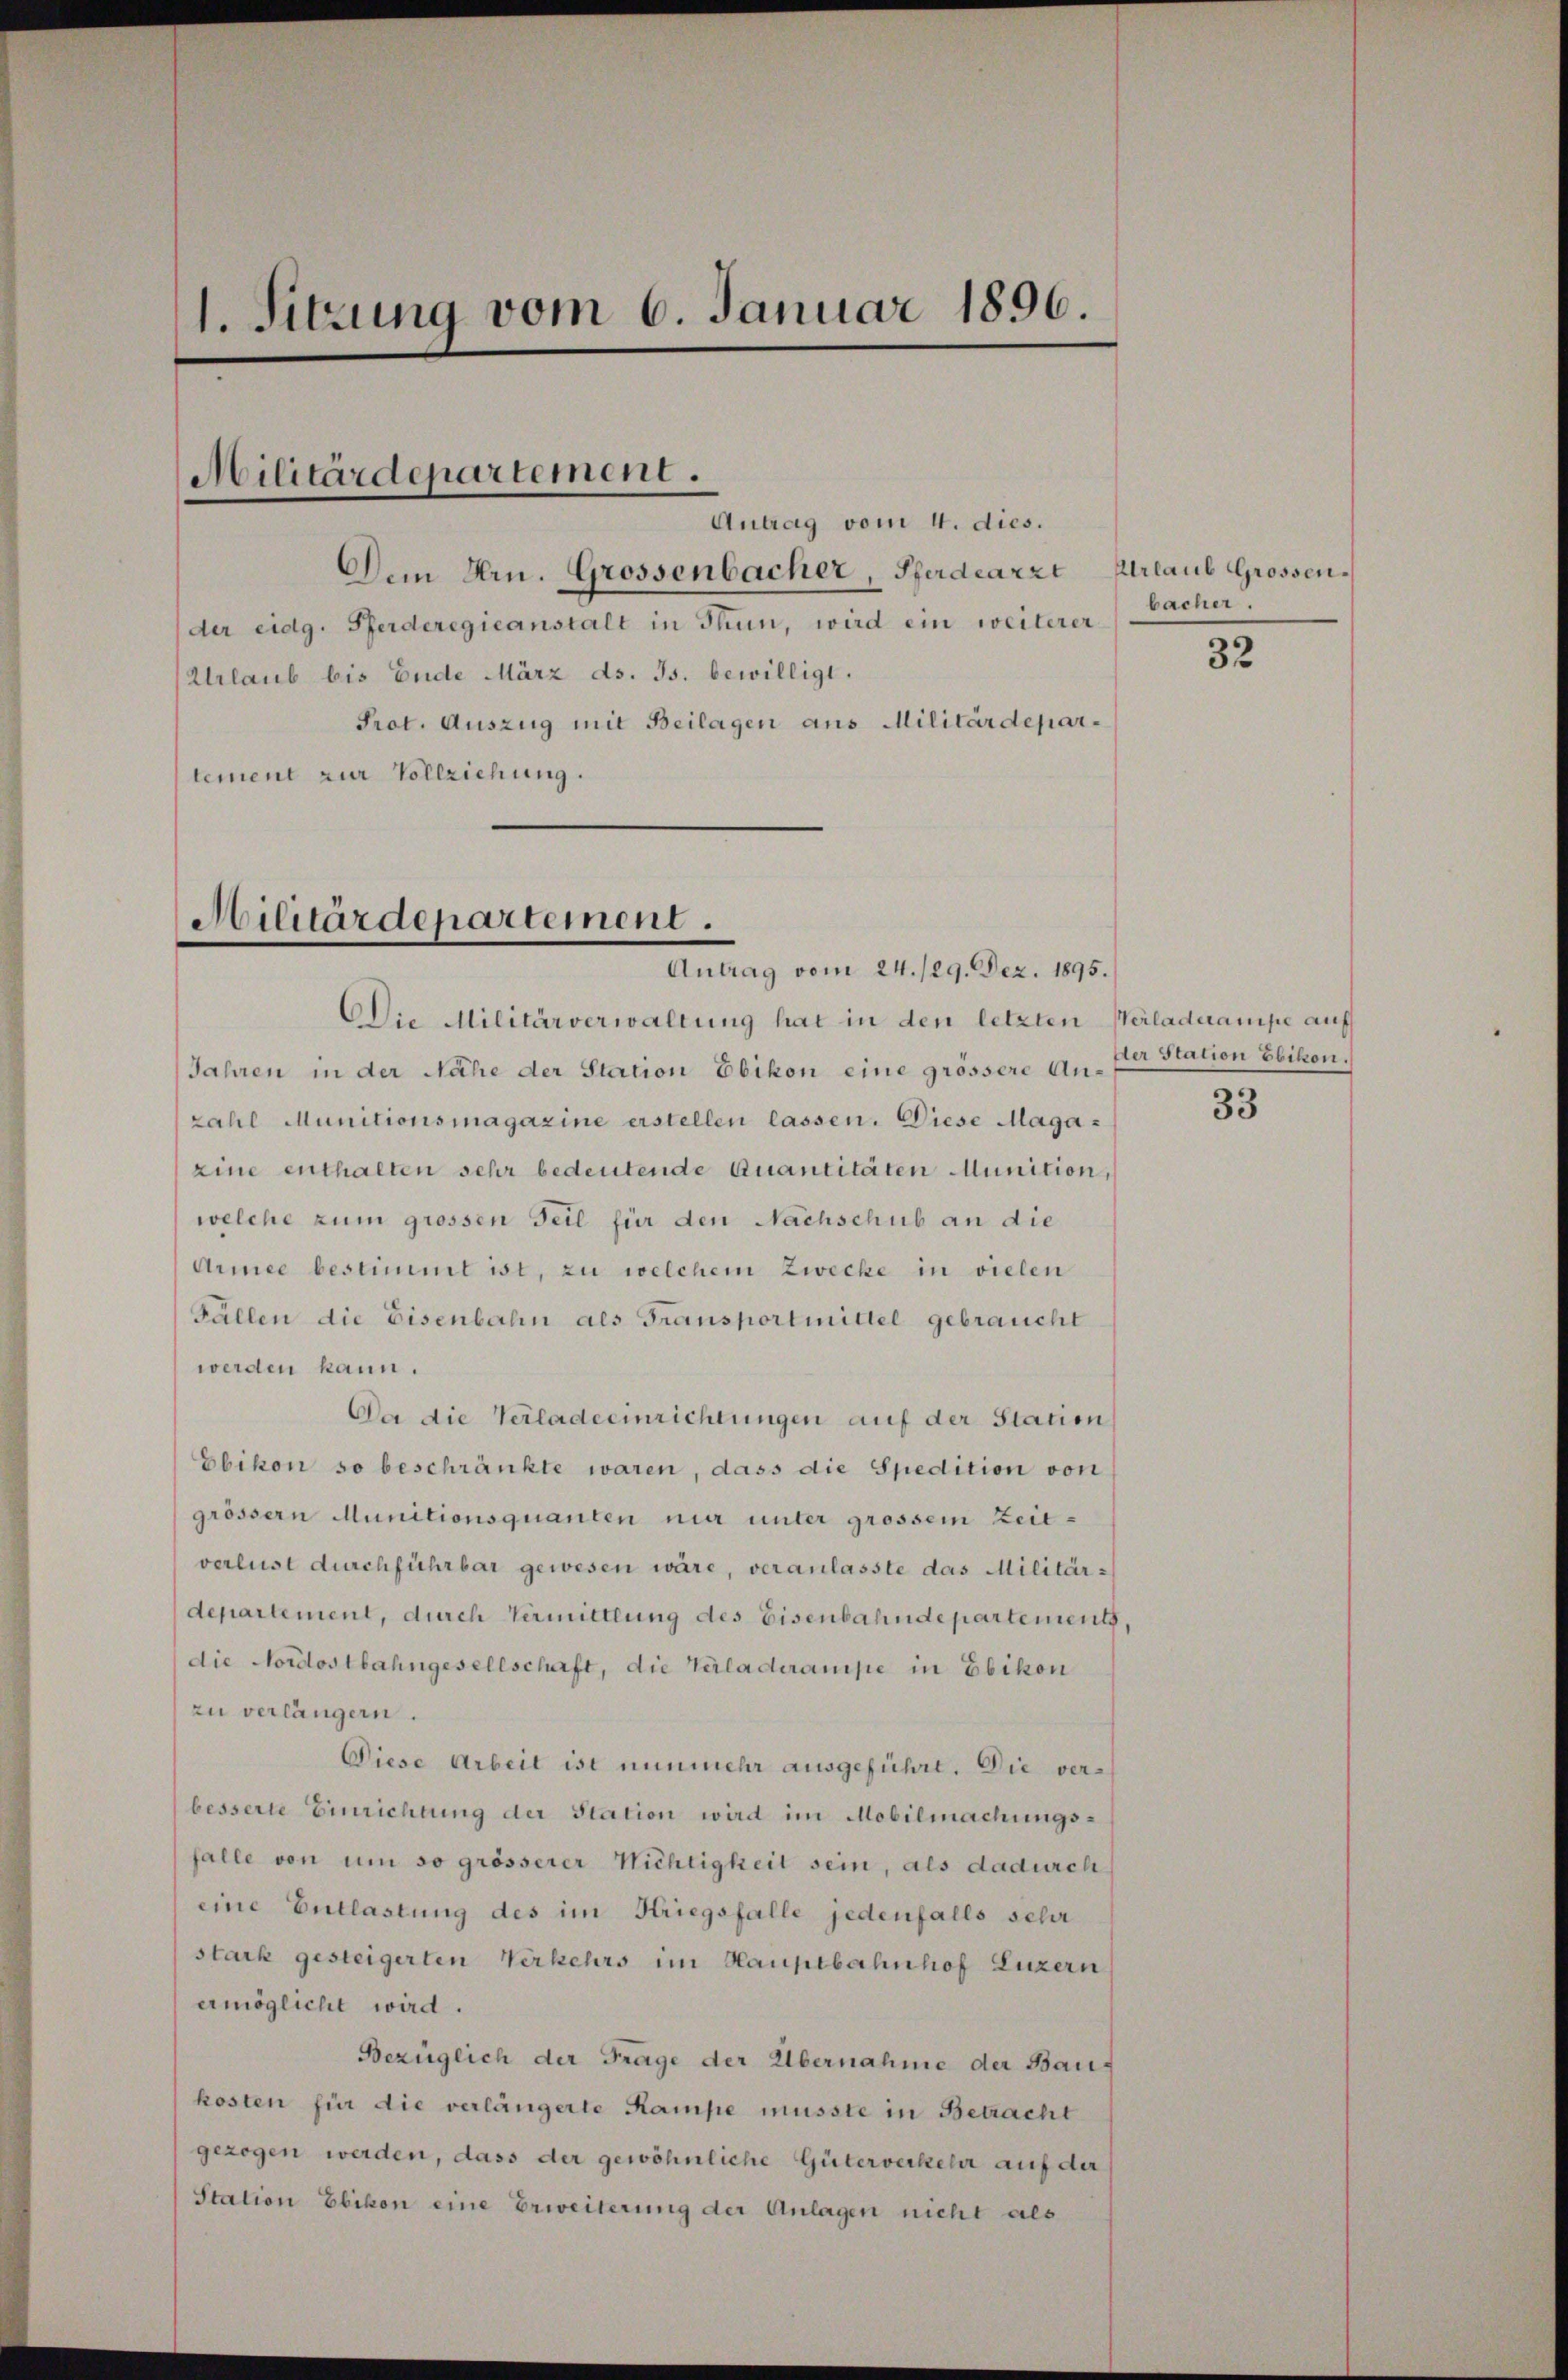
1. Sitzung vom 6. Januar 1896.

Militärdepartement.

Antrag vom 4. dies.
Dem Hrn. Grossenbacher, Pferdearzt Urlaub Grossender eidg. Pferderegieanstalt in Thun, wird ein weiterer
Urlaub bis Ende März ds. Js. bewilligt.
Prot. Auszug mit Beilagen aus Militärdepartement zur Vollziehung.

Militärdepartement.
Antrag vom 24./29. Dez. 1895.

bacher.

Die Militärverwaltung hat in den letzten Verladuampe auf
Jahren in der Nähe der Station Ebikon eine grössere Anzahl Munitionsmagazine erstellen lassen. Diese Magaeine enthalten sehr bedeutende Quantitäten Munition,
welche zum grossen Teil für den Nachschub an die
Armee bestimmt ist, zu welchem Zwecke in vielen
Fallen die Eisenbahn als Fransportmittel gebraucht
werden kann.
Da die Verladeeinrichtungen auf der Station
Ebikon so beschränkte waren, dass die Spedition von
grössern Munitionsquanten nur unter grossem Zeit-
verlust durchführbar gewesen wäre, veranlasste das Militärdepartement, durch Vermittlung des Eisenbahndepartement,
die Nordostbahngesellschaft, die Verladerampe in Ebikon
zu verlängern.
Diese Arbeit ist nunmehr ausgeführt. Die verbesserte Einrichtung der Station wird im Mobilmachungsfalle von um so grösserer Wichtigkeit sein, als dadurch
eine Entlastung des im Kriegsfalle jedenfalls sehr
stark gesteigerten Verkehrs im Hauptbahnhof Luzern
ermöglicht wird.
Bezüglich der Frage der Übernahme der Baug
kosten für die verlängerte Kampe müsste in Betracht
gezogen werden, dass der gewöhnliche Güterverkehr auf der
Station Ebikon eine Erweiterung der Anlagen nicht als

32

der Station Ebikon.

33